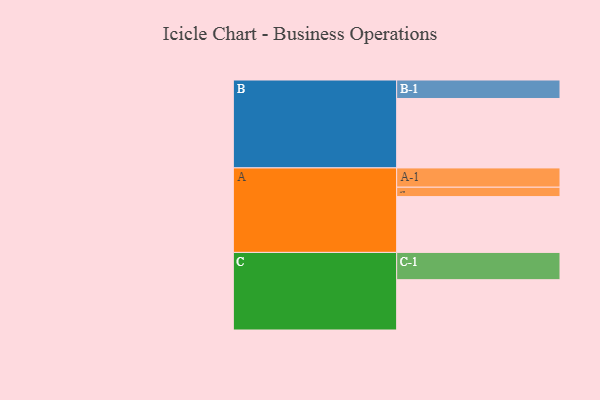
{"axis": {"x": "Segment", "y": "Value"}, "legend": ["", "A", "B", "C"], "data": [{"x": "A", "y": 356, "type": ""}, {"x": "B", "y": 443, "type": ""}, {"x": "C", "y": 321, "type": ""}, {"x": "A-1", "y": 123, "type": "A"}, {"x": "A-2", "y": 60, "type": "A"}, {"x": "B-1", "y": 118, "type": "B"}, {"x": "C-1", "y": 174, "type": "C"}]}